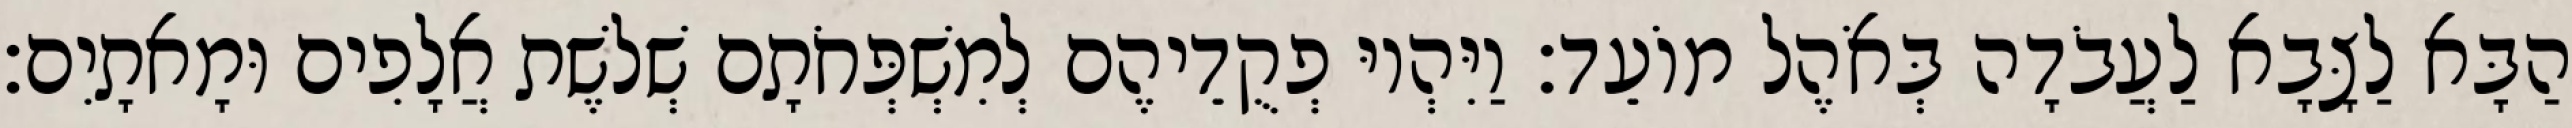
הַבָּא לַצָּבָא לַעֲבֹדָה בְּאֹהֶל מוֹעֵד׃ וַיִּהְיוּ פְקֻדֵיהֶם לְמִשְׁפְּחֹתָם שְׁלשֶׁת אֲלָפִים וּמָאתָיִם׃